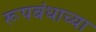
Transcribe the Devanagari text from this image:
रूपबंधाच्या